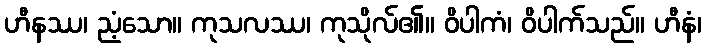
ဟီနဿ၊ ညံ့သော။ ကုသလဿ၊ ကုသိုလ်၏။ ဝိပါကံ၊ ဝိပါက်သည်။ ဟီနံ၊